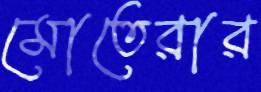
মোতেরার